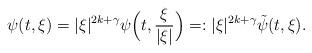
LaTeX: \begin{align*}\psi(t, \xi)&=|\xi|^{2k+\gamma}\psi\Big(t, \frac{\xi}{|\xi|} \Big)=: |\xi|^{2k+\gamma} \tilde \psi(t,\xi). \end{align*}